Annual report on the lock hospitals of the Madras Presidency
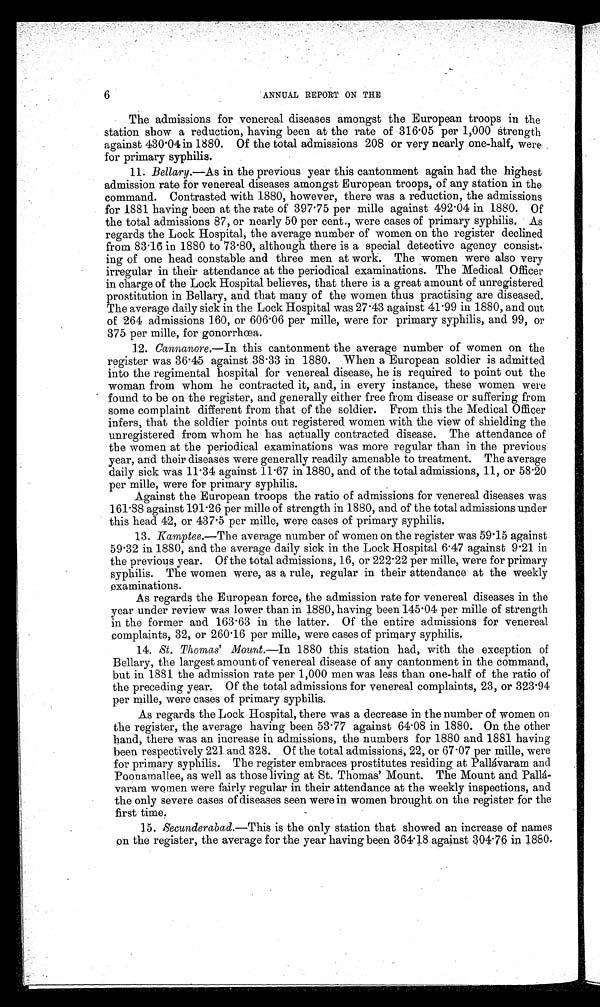
6
ANNUAL REPORT ON THE
The admissions for venereal diseases amongst the European troops in the
station show a reduction, having been at the rate of 316 .05 per 1,000 strength
against 430.04 in 1880. Of the total admissions 208 or very nearly one-half, were ,
for primary syphilis.
11. Bellary.—As in the previous year this cantonment again had the highest
admission rate for venereal diseases amongst European troops, of any station in the
command. Contrasted with 1880, however, there was a reduction, the admissions
for 1881 having been at the rate of 397.75 per mile against 492.04 in 1880. Of
the total admissions 87, or nearly 50 per cent., were cases of primary syphilis. As
regards the Lock Hospital, the average number of women on the register declined
from 83.16 in 1880 to 73.80, although there is a special detective agency consist-
ing of one head constable and three men at work. The women were also very
irregular in their attendance at the periodical examinations. The Medical Officer
in charge of the Lock Hospital believes, that there is a great amount of unregistered
prostitution in Bellary, and that many of the women thus practising are diseased.
The average daily sick in the Lock Hospital was 27.43 against 41.99 in 1880, and out
of 264 admissions 160, or 606.06 per mille, were for primary syphilis, and 99, or
375 per mille, for gonorrhœa.
12. Cannanore.—In this cantonment the average number of women on the
register was 36.45 against 38.33 in 1880. When a European soldier is admitted
into the regimental hospital for venereal disease, he is required to point out the
woman from whom he contracted it, and, in every instance, these women were
found to be on the register, and generally either free from disease or suffering from
some complaint different from that of the soldier. From this the Medical Officer
infers, that the soldier points out registered women with the view of shielding the
unregistered from whom he has actually contracted disease. The attendance of
the women at the periodical examinations was more regular than in the previous
year, and their diseases were generally readily amenable to treatment, The average
daily sick was 11.34 against 11.67 in 1880, and of the total admissions, 11, or 58.20
per mile, were for primary syphilis.
Against the European troops the ratio of admissions for venereal diseases was
161.88 against 191.26 per mile of strength in 1880, and of the total admissions under
this head 42, or 437.5 per mile, were cases of primary syphilis.
13. Kamptee.—The average number of women on the register was 59.15 against
59.32 in 1880, and the average daily sick in the Lock Hospital 6.47 against 9.21 in
the previous year. Of the total admissions, 16, or 222.22 per mile, were for primary
syphilis. The women were, as a rule, regular in their attendance at the weekly
examinations.
As regards the European force, the admission rate for venereal diseases in the
year under review was lower than in 1880, having been 145.04 per mille of strength
in the former and 163.63 in the latter. Of the entire admissions for venereal
complaints, 32, or 260.16 per mille, were cases of primary syphilis.
14. St. Thomas' Mount.— In 1880 this station had, with the exception of
Bellary, the largest amount of venereal disease of any cantonment in the command,
but in 1881 the admission rate per 1,000 men was less than one-half of the ratio of
the preceding year, Of the total admissions for venereal complaints, 23, or 323.94
per mille, were cases of primary syphilis.
As regards the Lock Hospital, there was a decrease in the number of women on
the register, the average having been 53.77 against 64.08 in 1880. On the other
hand, there was an increase in admissions, the numbers for 1880 and 1881 having
been respect i vel y 221. and 328. Of t he t ot al admi ssi ons, 22, or 67. 07 per mi l l e, were
for primary syphilis. The register embraces prostitutes residing at Pallávaram and
Poonamallee, as well as those living at St. Thomas' Mount. The Mount and Palá-
varam women were fairly regular in their attendance at the weekly inspections, and
the only severe cases of diseases seen were in women brought on the register for the
first time.
15. Secunderabad.—This is the only station that showed an increase of names
on the register, the average for the year having been 364.18 against 304.70 in 1880.